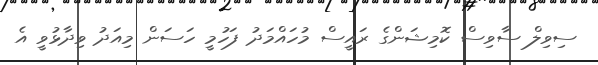
ސިވިލް ސާވިސް ކޮމިޝަންގެ ރައީސް މުހައްމަދު ފަހުމީ ހަސަން މިއަދު ވިދާޅުވީ އެ